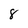
Character: 8